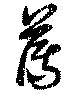
薄